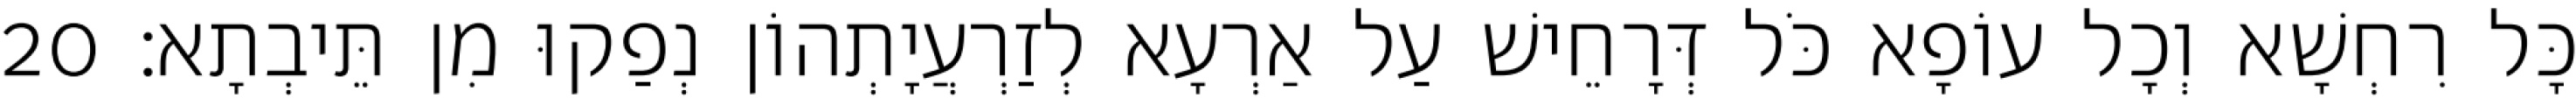
כָּל רִחְשָׁא וְכָל עוֹפָא כֹּל דְּרָחֵישׁ עַל אַרְעָא לְזַרְעֲיָתְהוֹן נְפַקוּ מִן תֵּיבְתָא׃ 20